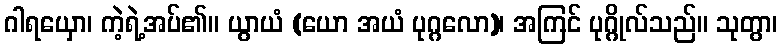
ဂါရယှော၊ ကဲ့ရဲ့အပ်၏။ ယွာယံ (ယော အယံ ပုဂ္ဂလော)၊ အကြင် ပုဂ္ဂိုလ်သည်။ သုတွာ၊